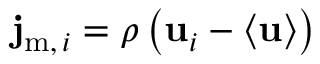
\mathbf { j } _ { \mathrm { { m } } , \, i } = \rho \left( \mathbf { u } _ { i } - \langle \mathbf { u } \rangle \right)